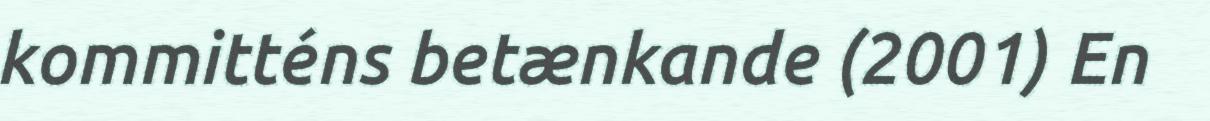
kommitténs betænkande (2001) En